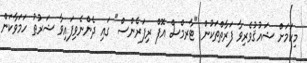
މިކަމަށް ޝައުޤުވެރިވާ ފަރާތްތަކުން "ޓާރމްސް އޮފް ރިފަރެންސް" ގައި ދެންނެވިފައިވާ ޝަރުޠު ހަމަވާކަން